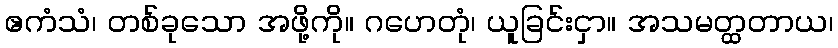
ဧကံသံ၊ တစ်ခုသော အဖို့ကို။ ဂဟေတုံ၊ ယူခြင်းငှာ။ အသမတ္ထတာယ၊